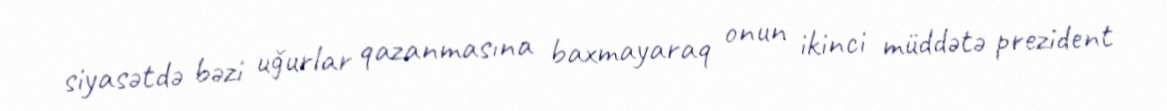
siyasətdə bəzi uğurlar qazanmasına baxmayaraq onun ikinci müddətə prezident